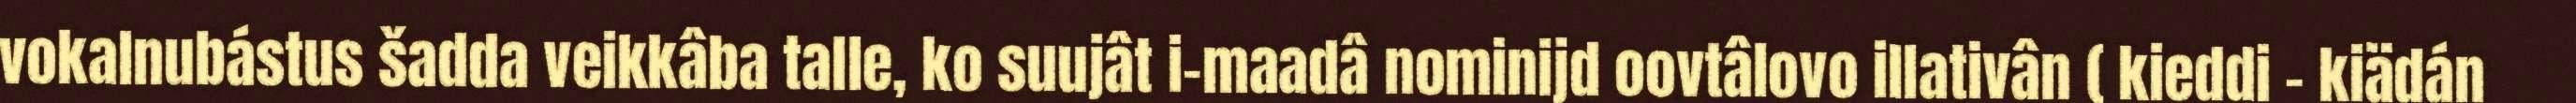
vokalnubástus šadda veikkâba talle, ko suujât i-maadâ nominijd oovtâlovo illativân ( kieddi – kiädán